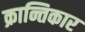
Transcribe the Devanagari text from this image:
क्रान्तिकार